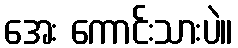
အေး ကောင်းသားပဲ။